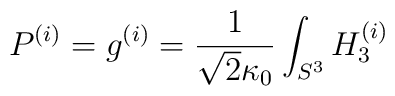
P^{(i)} = g^{(i)} = \frac{1}{\sqrt{2}\kappa_0} \int_{S^3} H_3^{(i)}